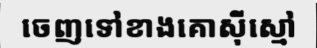
ចេញទៅខាងគោស៊ីស្មៅ